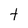
Character: t